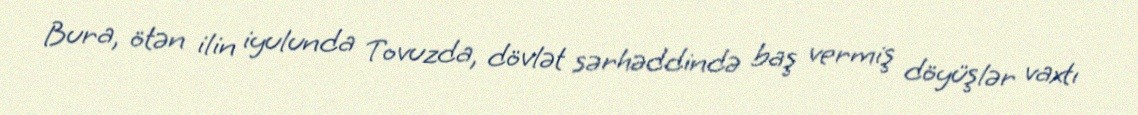
Bura, ötən ilin iyulunda Tovuzda, dövlət sərhəddində baş vermiş döyüşlər vaxtı